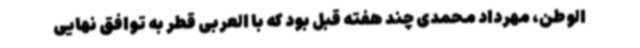
الوطن، مهرداد محمدی چند هفته قبل بود که با العربی قطر به توافق نهایی